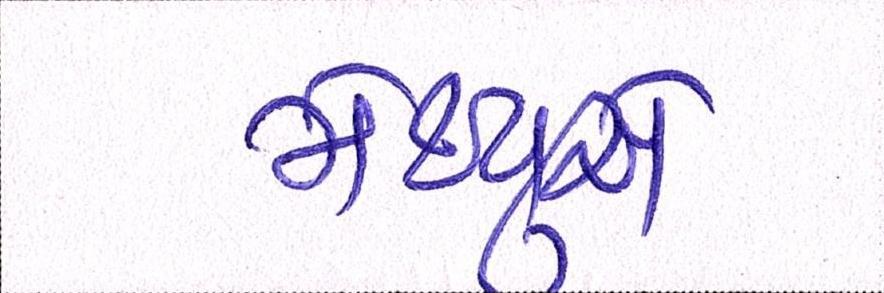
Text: મેથ્યુએ